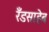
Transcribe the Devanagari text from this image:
रँडसाहेब